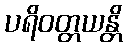
ပရိဝတ္တယန္တိ